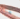
هنا